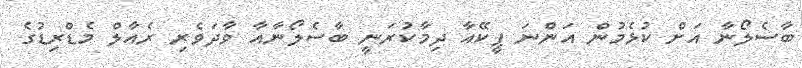
ބާސެލޯނާ އަށް ކުޅެމުން އަންނަ ޕީކޭއާ ދިމާކުރަނީ ބާސެލޯނާއާ ވާދަވެރި ރެއާލް މެޑްރިޑުގެ